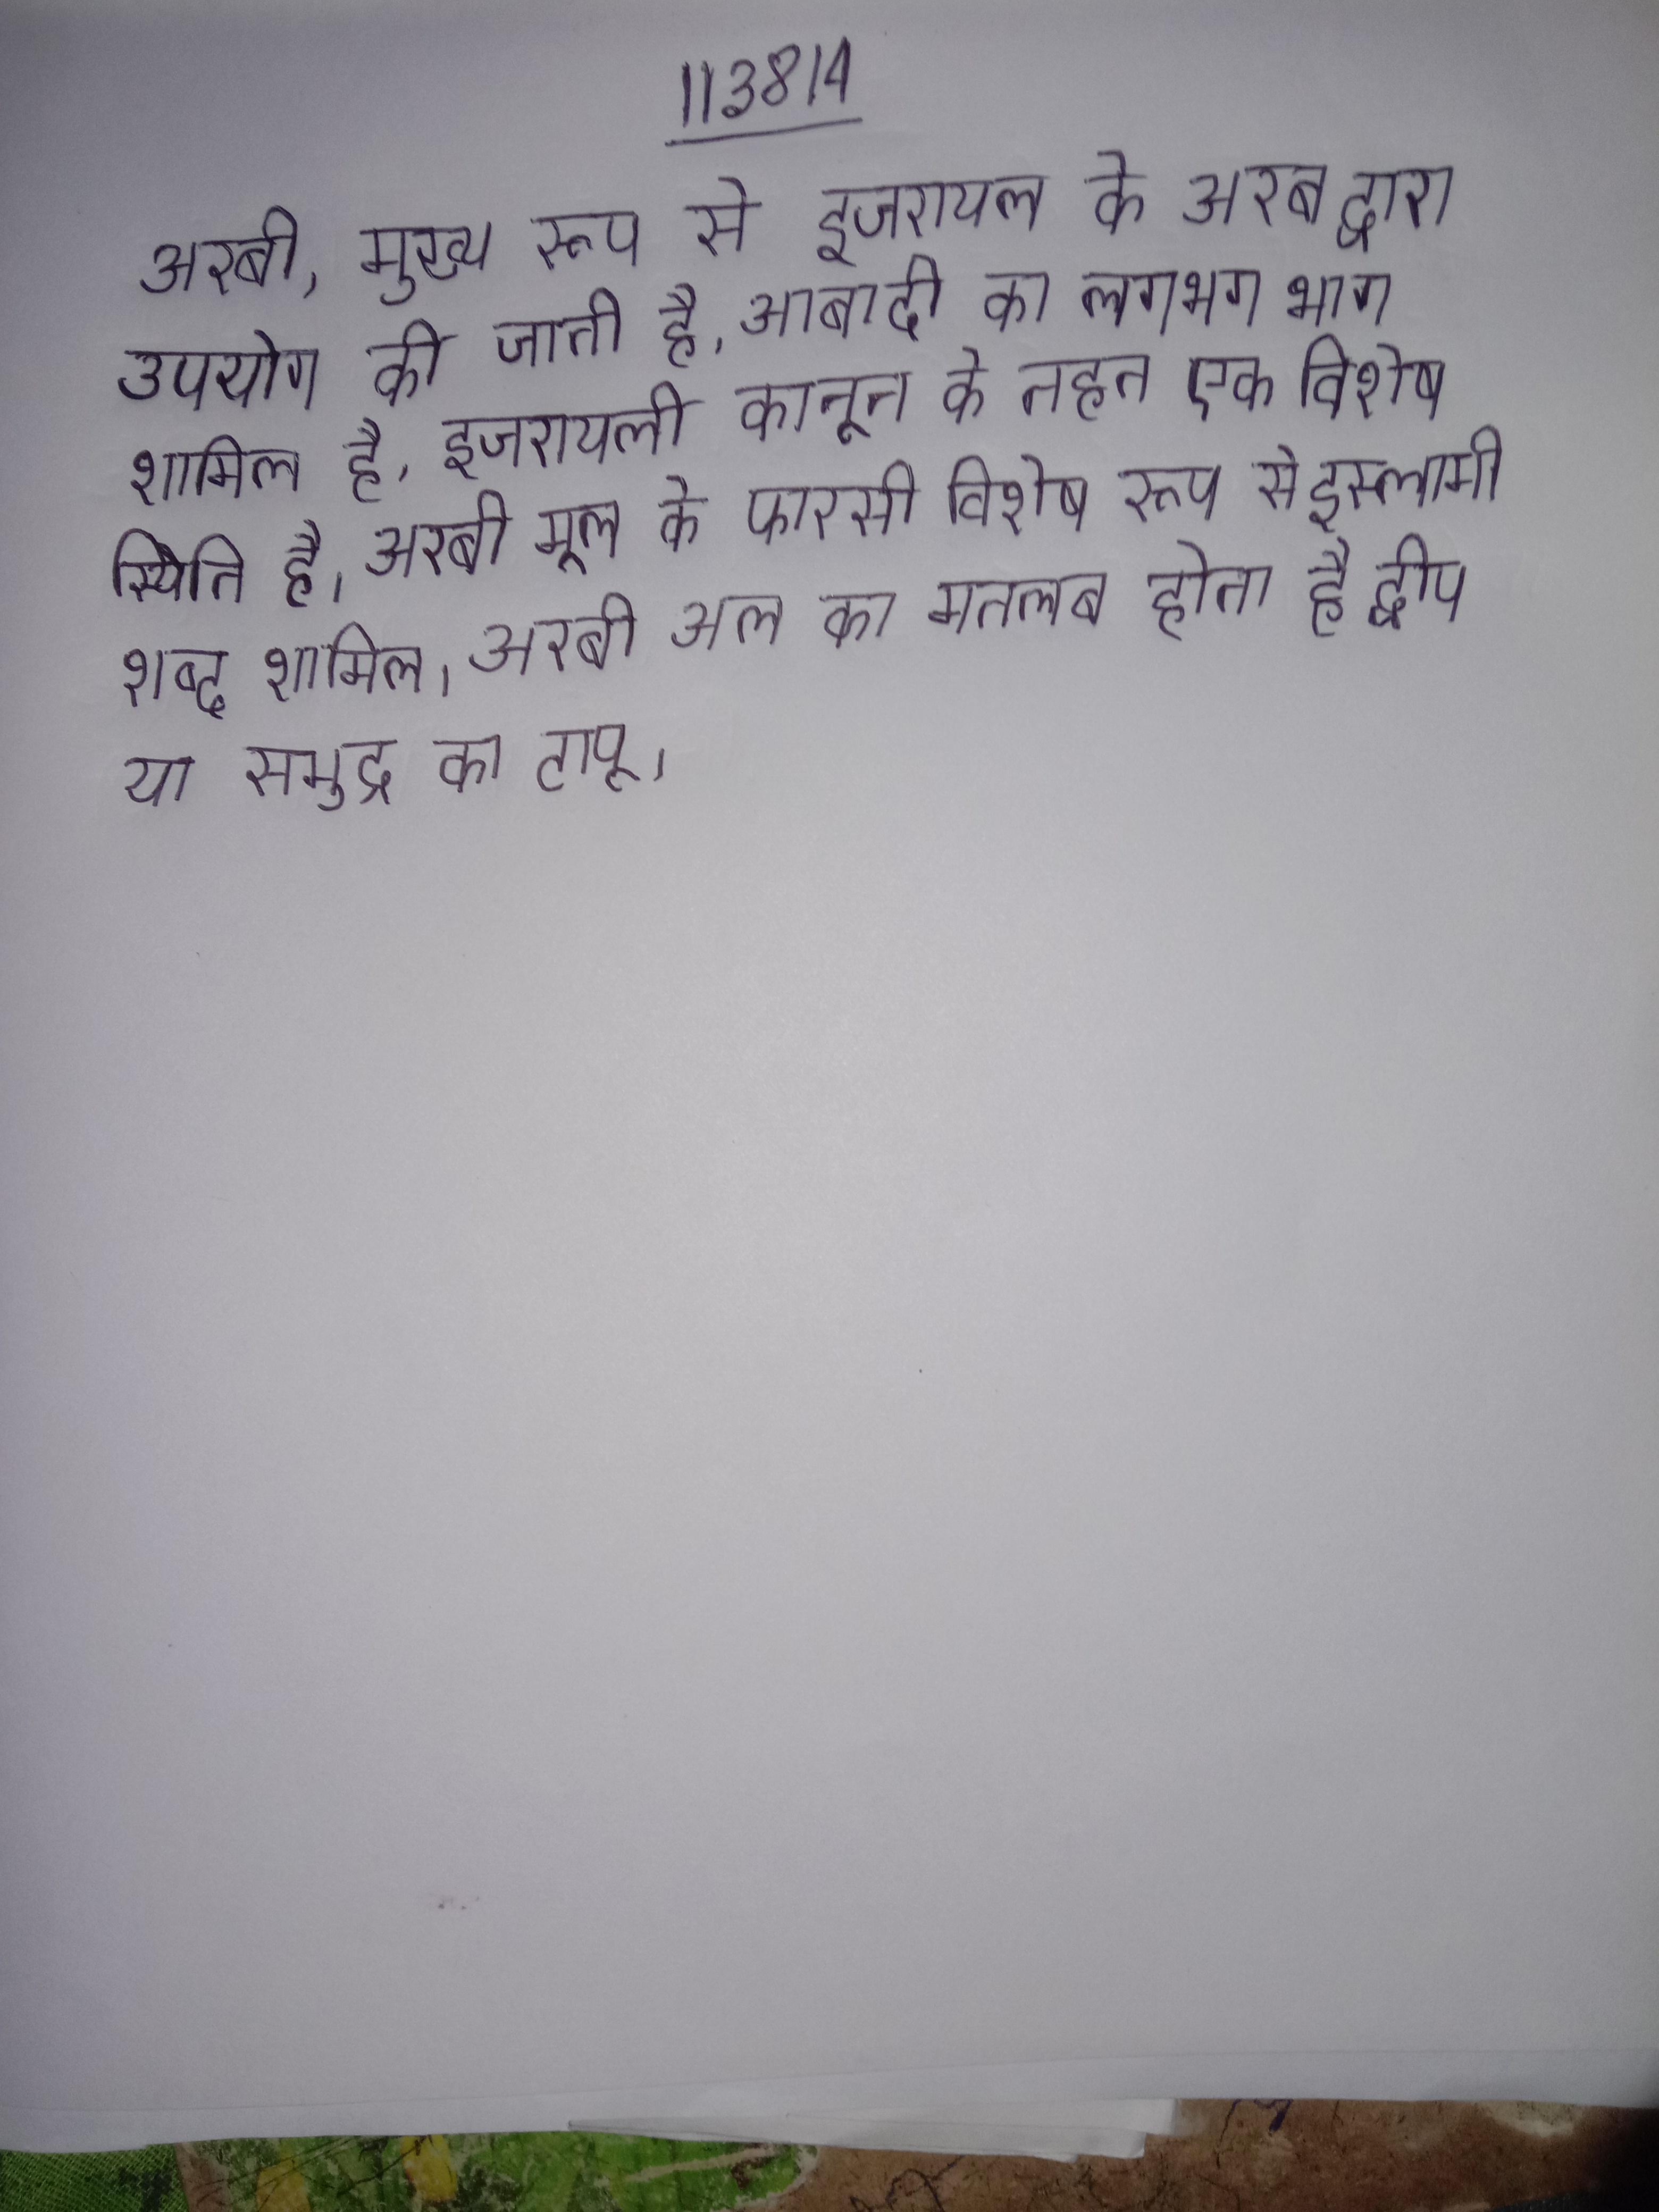
अरबी, मुख्य रूप से इजरायल के अरब द्वारा उपयोग की जाती है, आबादी का लगभग भाग शामिल है, इजरायली कानून के तहत एक विशेष स्थिति है । अरबी मूल के फारसी विशेष रूप से इस्लामी शब्द शामिल । अरबी अल का मतलब होता है द्वीप या समुद्र का टापू ।